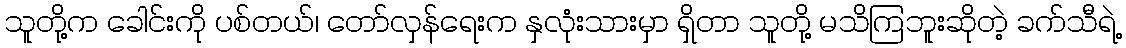
သူတို့က ခေါင်းကို ပစ်တယ်၊ တော်လှန်ရေးက နှလုံးသားမှာ ရှိတာ သူတို့ မသိကြဘူးဆိုတဲ့ ခက်သီရဲ့